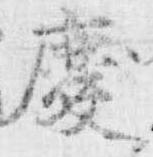
慶